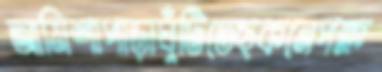
আমিশাপাড়াঘুঁটিতেছকনেপক্ষ